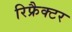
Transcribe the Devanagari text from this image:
रिफ्रैक्टर